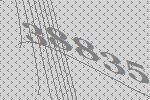
38835